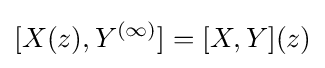
[X(z),Y^{(\infty )}]=[X,Y](z)